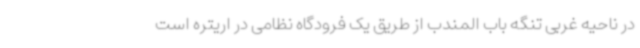
در ناحیه غربی تنگه باب المندب از طریق یک فرودگاه نظامی در اریتره است